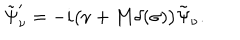
LaTeX: \tilde { \Psi } _ { \nu } ^ { \prime } = - i \bigl ( \nu + { \bf M } \delta ( \sigma ) \bigr ) \tilde { \Psi } _ { \nu } .